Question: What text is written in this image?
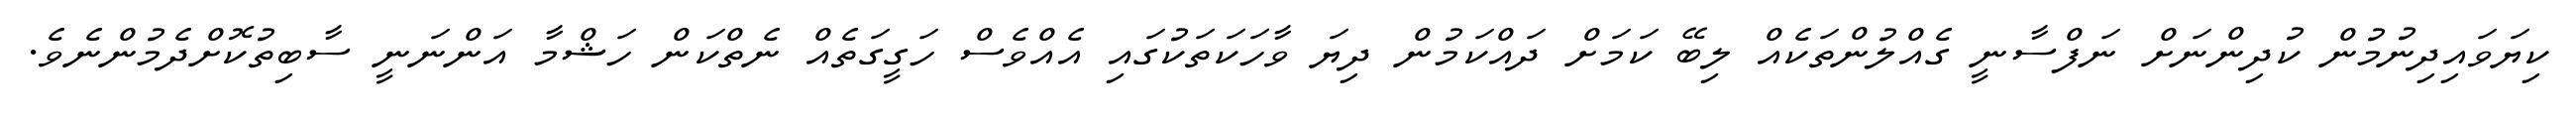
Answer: ކިޔަވައިދިނުމުން ކުދިންނަށް ނަފްސާނީ ގެއްލުންތަކެއް ލިބޭ ކަމަށް ދައްކަމުން ދިޔަ ވާހަކަތަކުގައި އެއްވެސް ހަގީގަތެއް ނެތްކަން ހަޝްމާ އަންނަނީ ސާބިތުކޮށްދެމުންނެވެ.